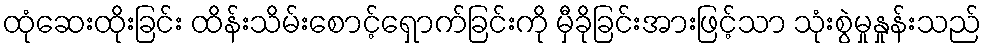
ထုံဆေးထိုးခြင်း ထိန်းသိမ်းစောင့်ရှောက်ခြင်းကို မှီခိုခြင်းအားဖြင့်သာ သုံးစွဲမှုနှုန်းသည်